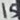
Text: 15